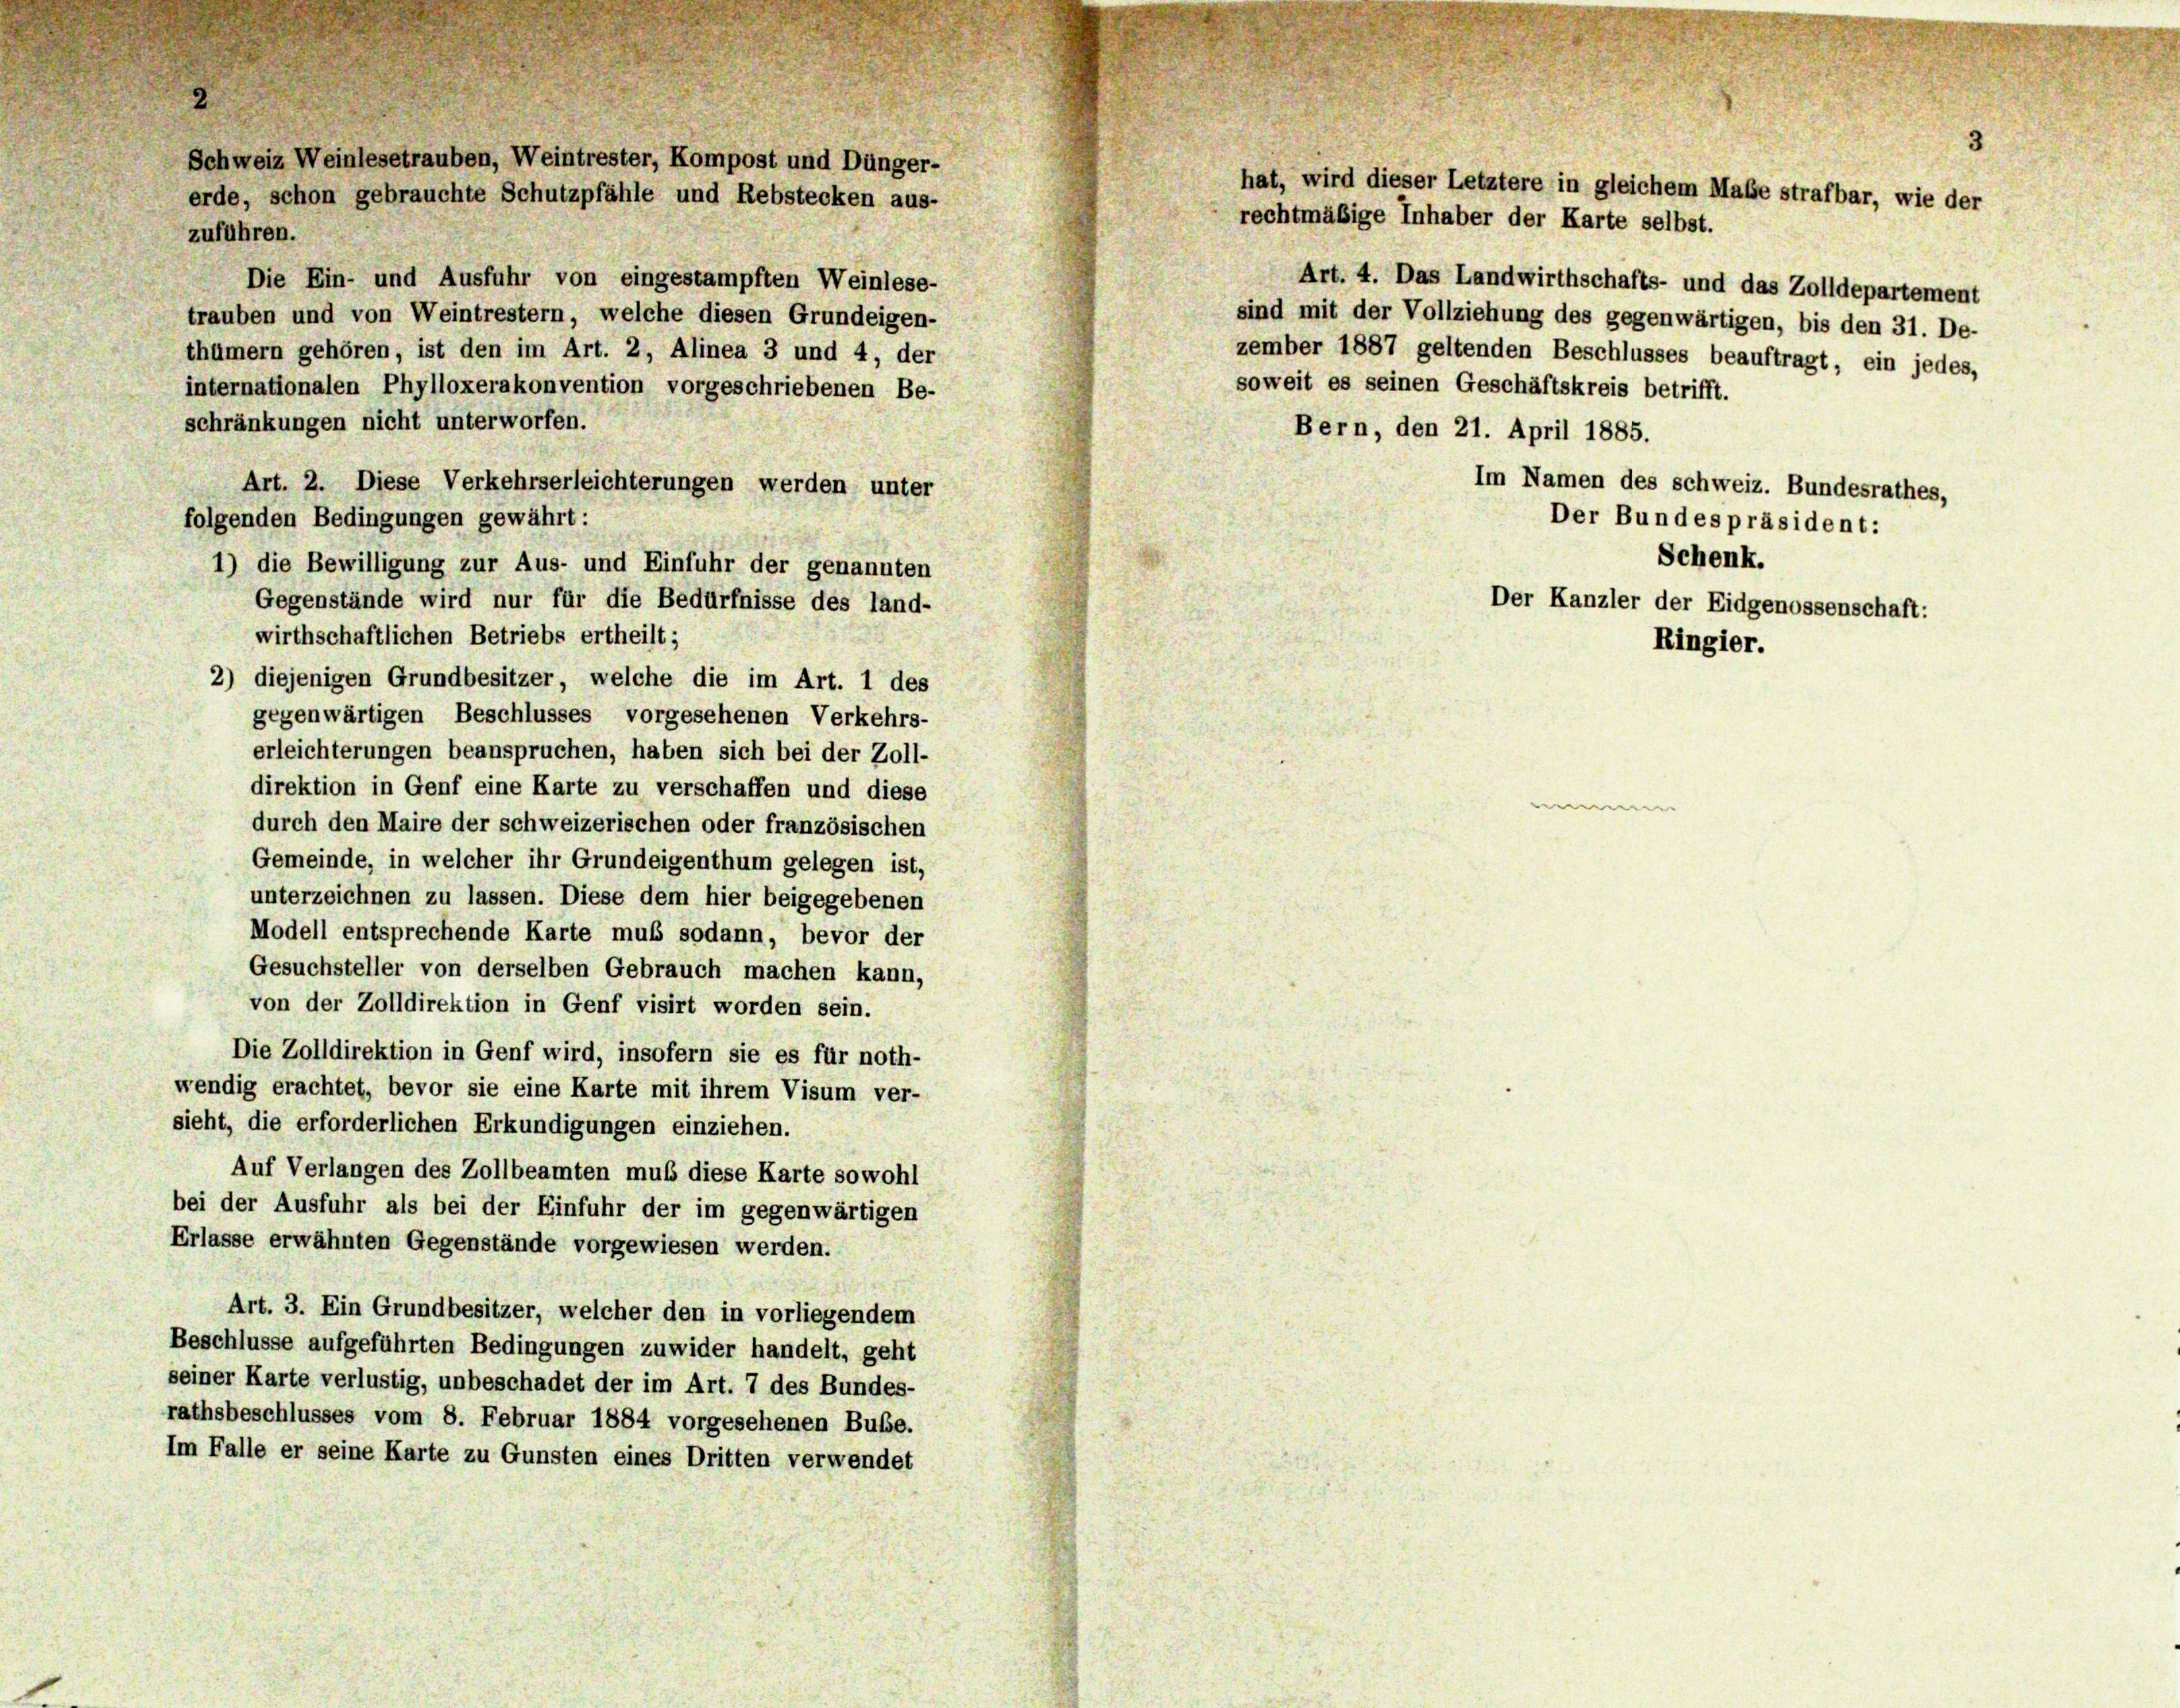
Schweiz Weinlesetrauben, Weintrester, Kompost und Dünger-
erde, schon gebrauchte Schutzpfähle und Rebstecken aus-

zuführen.
Die Ein- und Ausfuhr von eingestampften Weinlese-
Art. 4. Das Landwirthschafts- und das Zolldepartement
trauben und von Weintrestern, welche diesen Grundeigen-
sind mit der Vollziehung des gegenwärtigen, bis den 31. De-
thümern gehören, ist den im Art. 2, Alinea 3 und 4, der
zember 1887 geltenden Beschlusses beauftragt, ein jedes,
soweit es seinen Geschäftskreis betrifft.
internationalen Phylloxerakonvention vorgeschriebenen Be-
schränkungen nicht unterworfen.
Bern, den 21. April 1885.
Im Namen des schweiz. Bundesrathes,
Art. 2. Diese Verkehrserleichterungen werden unter
folgenden Bedingungen gewährt:
Der Bundespräsident:
Schenk.
1) die Bewilligung zur Aus- und Einfuhr der genannten
Gegenstände wird nur für die Bedürfnisse des land-
wirthschaftlichen Betriebs ertheilt;
2) diejenigen Grundbesitzer, welche die im Art. 1 des
gegenwärtigen Beschlusses vorgesehenen Verkehrs-
erleichterungen beanspruchen, haben sich bei der Zoll-
direktion in Genf eine Karte zu verschaffen und diese
durch den Maire der schweizerischen oder französischen
Gemeinde, in welcher ihr Grundeigenthum gelegen ist.
unterzeichnen zu lassen. Diese dem hier beigegebenen
Modell entsprechende Karte muß sodann, bevor der
Gesuchsteller von derselben Gebrauch machen kann,
von der Zolldirektion in Genf visirt worden sein.
Die Zolldirektion in Genf wird, insofern sie es für noth-
wendig erachtet, bevor sie eine Karte mit ihrem Visum ver-
sieht, die erforderlichen Erkundigungen einziehen.
Auf Verlangen des Zollbeamten muß diese Karte sowohl
bei der Ausfuhr als bei der Einfuhr der im gegenwärtigen
Erlasse erwähnten Gegenstände vorgewiesen werden.
Art. 3. Ein Grundbesitzer, welcher den in vorliegendem
Beschlüsse aufgeführten Bedingungen zuwider handelt, geht
seiner Karte verlustig, unbeschadet der im Art. 7 des Bundes-
rathsbeschlusses vom 8. Februar 1884 vorgesehenen Buße.
Im Falle er seine Karte zu Gunsten eines Dritten verwendet

hat, wird dieser Letztere in gleichem Maße strafbar, wie der
rechtmäßige Inhaber der Karte selbst.

Der Kanzler der Eidgenossenschaft:
Ringier.